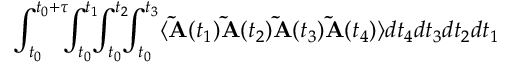
\int _ { t _ { 0 } } ^ { t _ { 0 } + \tau } \! \! \! \int _ { t _ { 0 } } ^ { t _ { 1 } } \! \! \! \int _ { t _ { 0 } } ^ { t _ { 2 } } \! \! \! \int _ { t _ { 0 } } ^ { t _ { 3 } } \langle \mathbf { \widetilde { A } } ( t _ { 1 } ) \mathbf { \widetilde { A } } ( t _ { 2 } ) \mathbf { \widetilde { A } } ( t _ { 3 } ) \mathbf { \widetilde { A } } ( t _ { 4 } ) \rangle d t _ { 4 } d t _ { 3 } d t _ { 2 } d t _ { 1 }